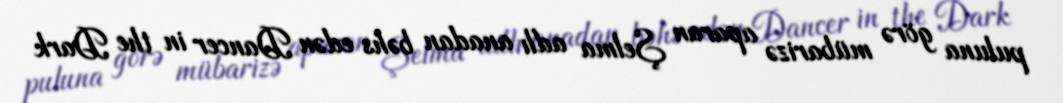
puluna görə mübarizə aparan Şelma adlı anadan bəhs edən Dancer in the Dark